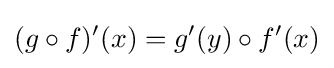
(g\circ f)'(x)=g'(y)\circ f'(x)